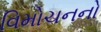
વિમોચનનો